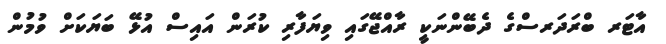
އާޓަރ ބްރަދަރސްގެ ދެބޭންނަކީ ރާއްޖޭގައި ވިޔަފާރި ކުރަން އައިސް އުޅޭ ބަޔަކަށް ވުމުން